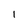
Character: 1